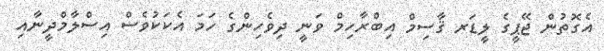
އެގޮތުން ޖޭޕީގެ ލީޑަރ ޤާސިމް އިބްރާހިމް ވަނީ ދިވެހިންގެ ހަމަ އެކަކުވެސް އިސްލާމްދީނާއި